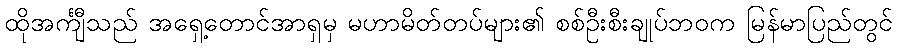
ထိုအင်္ကျီသည် အရှေ့တောင်အာရှမှ မဟာမိတ်တပ်များ၏ စစ်ဦးစီးချုပ်ဘဝက မြန်မာပြည်တွင်